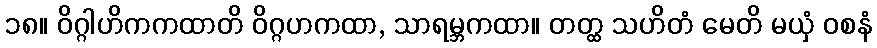
၁၈။ ဝိဂ္ဂါဟိကကထာတိ ဝိဂ္ဂဟကထာ, သာရမ္ဘကထာ။ တတ္ထ သဟိတံ မေတိ မယှံ ဝစနံ